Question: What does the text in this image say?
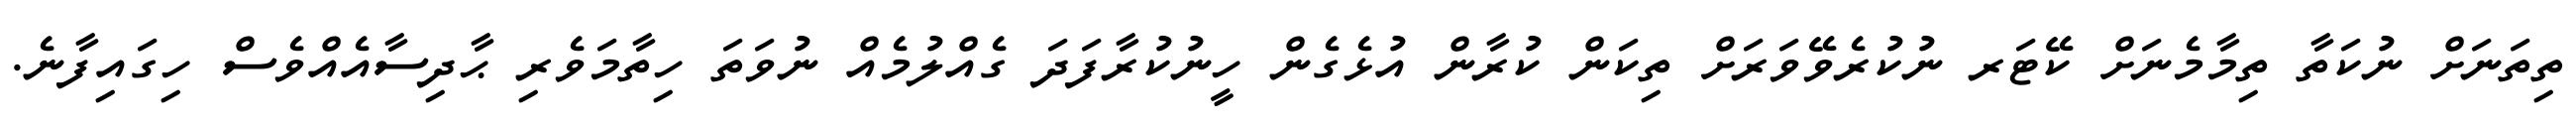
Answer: ތިތަނަށް ނުކަތާ ތިމާމެނަށް ކޭޓަރ ނުކުރެވޭވަރަށް ތިކަން ކުރާން އުޅެގެން ހީނުކުރާފަދަ ގެއްލުމެއް ނުވަތަ ހިތާމަވެރި ޙާދިސާއެއްވެސް ހިގައިފާނެ.